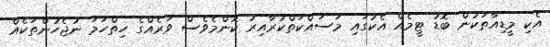
އެކި މީޑިއާތަކުން ބޮޑު ޓީމެއް އެކުގައި މަސައްކަތްކުރާއިރު ކޮންމެވެސް ވަރެއްގެ ހިތްހަމަ ނުޖެހުންތަކެއް